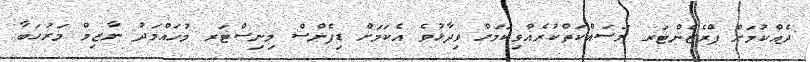
ދެއްކުމަށް ޕްރެޒެންޓަރ މަސައްކަތްކުރެއްވިކަމަށް ވިދާޅުވެ އެކަމަށް ޑިފެންސް މިނިސްޓަރ މުހައްމަދު ނާޒިމް މަރުހަބާ